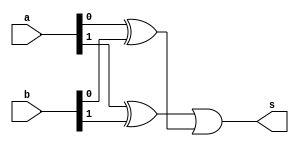
// -------------------------
// Exercicio06
// Nome: Willian Antonio dos Santos
// -------------------------
// -------------------------
// comparador de igualdade
// -------------------------
module comp1 (output s, input [1:0] a, input [1:0] b);
       wire [1:0] s1;
       // portas logicas
       xor X1 (s1[0], a[0], b[0]);
       xor X2 (s1[1], a[1], b[1]);
       or O1 (s, s1[1], s1[0]);
endmodule // comp1

module test_comp1;
       // ------------------------- definir dados
       reg [1:0] x;
       reg [1:0] y;
       wire z;
       comp1 modulo (z, x, y);
       // ------------------------- parte principal
       initial begin
               $display("Exercicio06 - Willian Antonio dos Santos - 462020");
               $display("Teste do comparador");
               x = 0; y = 0;
               $monitor("Entradas: %2b %2b => Saidas: %b",x,y,z);
               repeat (3) begin
                      #1 y = y + 1;
               end
               #1 $display("----------------------------");
               repeat (3) begin
                      #1 x = x + 1;y = y + 1;
                      repeat (3) begin
                             #1 y = y + 1;
                      end
                      #1 $display("----------------------------");
               end
       end
endmodule // test_comp1